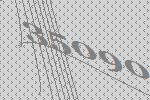
35090